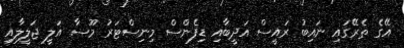
އޭގެ ތެރޭގައި ނައިބު ރައީސް އަދީބާއި ޑިފެންސް މިނިސްޓަރު މޫސާ އަލީ ޖަލީލާއި